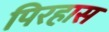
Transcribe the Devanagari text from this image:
पिरहास